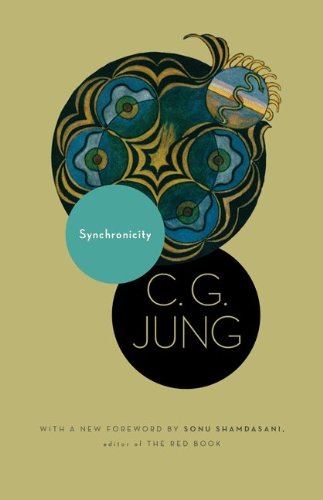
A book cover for Synchronicity: An Acausal Connecting Principle. (From Vol. 8. of the Collected Works of C. G. Jung) (Jung Extracts); C. G. Jung; Medical Books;